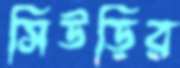
সিউড়ির